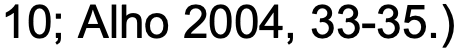
10; Alho 2004, 33-35.)